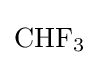
{\mathrm {CHF} {\vphantom {A}}_{\smash[{t}]{3}}}